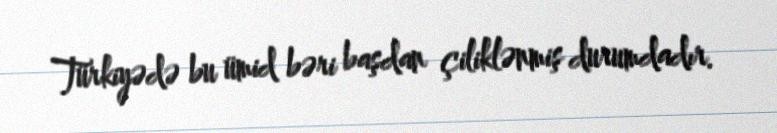
Türkiyədə bu ümid bəri başdan çiliklənmiş durumdadır.